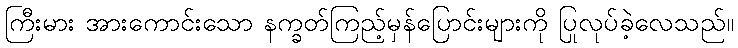
ကြီးမား အားကောင်းသော နက္ခတ်ကြည့်မှန်ပြောင်းများကို ပြုလုပ်ခဲ့လေသည်။